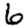
Digit: 6